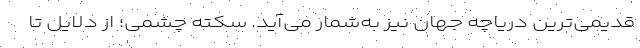
قدیمی‌ترین دریاچه جهان نیز به‌شمار می‌آید. سکته چشمی؛ از دلایل تا